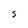
Character: S